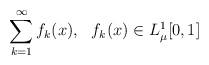
LaTeX: \begin{align*} \sum_{k=1}^\infty f_k(x),\ \ f_k(x) \in L_\mu^1[0,1]\end{align*}